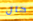
حال